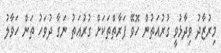
މިރުޒާދު ވިދާޅުވީ ގުރުއަތުން ހޮވޭ ފަރާތްތަކަށް ގުރުއަތު ނަގާ ދުވަހު ތަން ހަވާލު